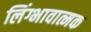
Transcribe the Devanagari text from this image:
लिंग्भावात्मक